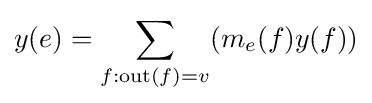
y(e)=\sum _{f:\mathrm {out} (f)=v}(m_{e}(f)y(f))